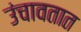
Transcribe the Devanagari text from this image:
उंचावतात